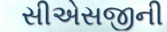
સીએસજીની